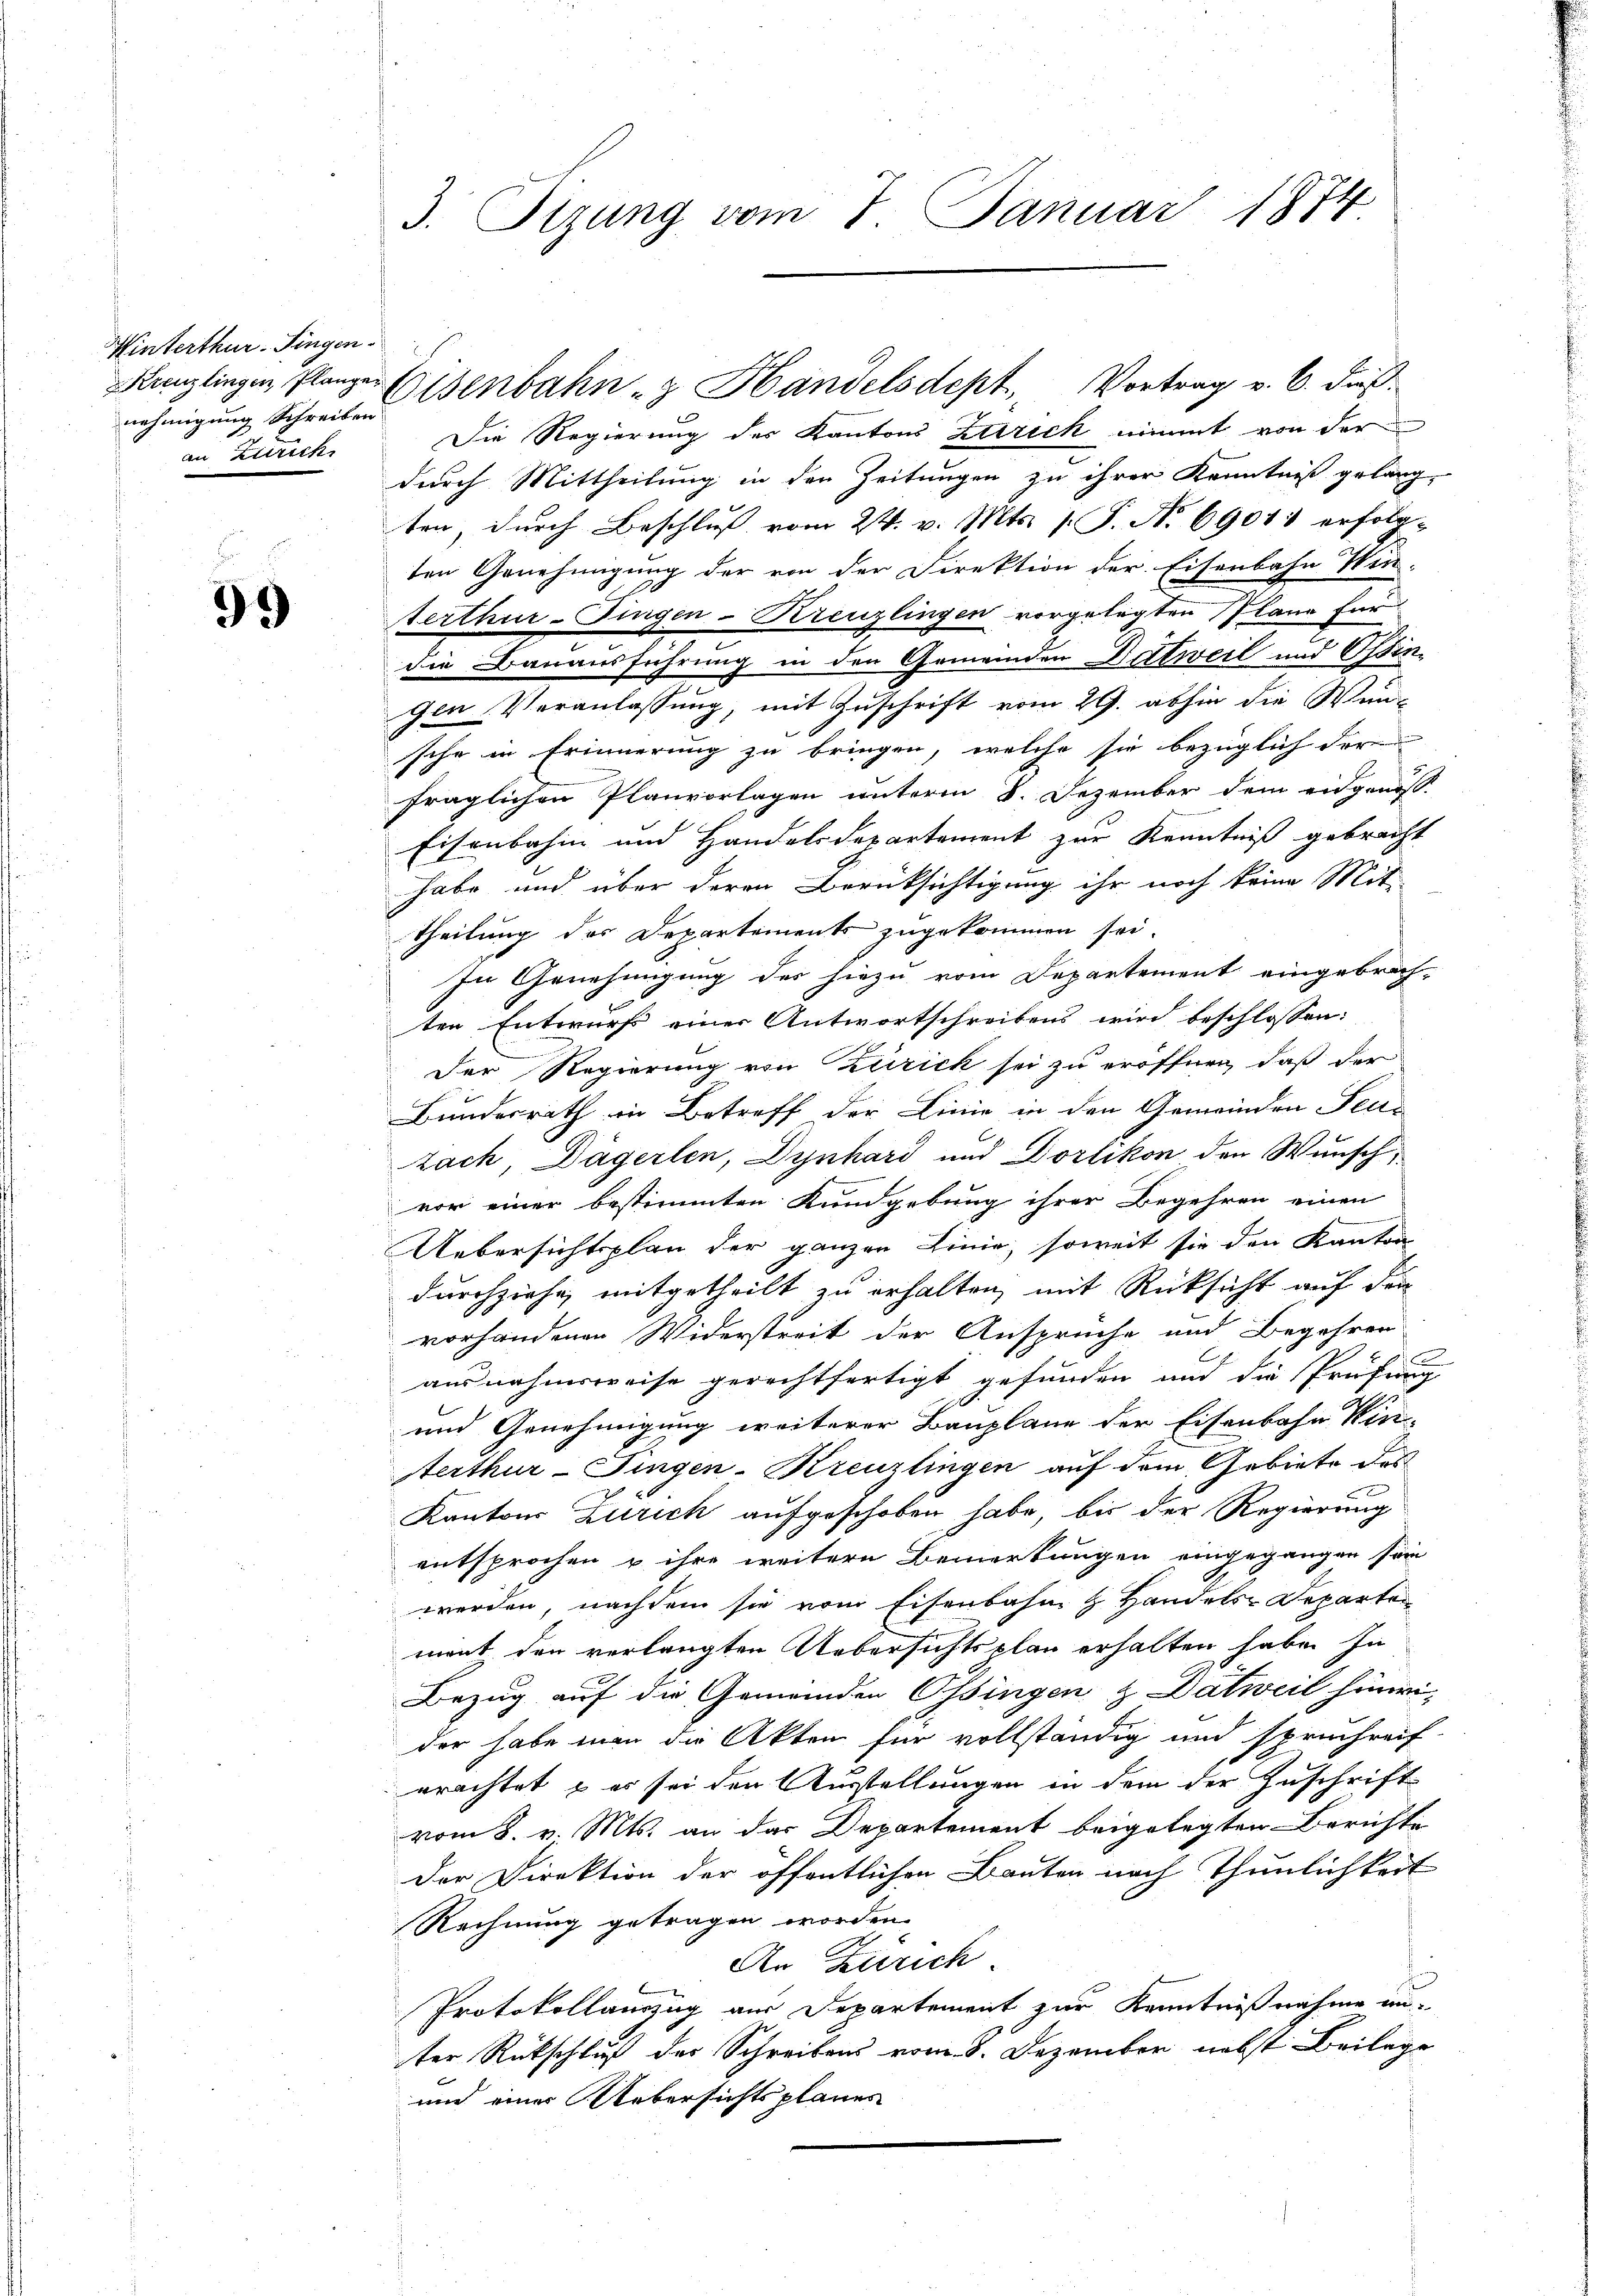
Winterthur–Singen.
nehmigung Schreiben
an Zürich

99

3. Sizung vom 7. Januar 1874.

Die Regierung des Kantons Zürich nimmt von der
durch Mittheilung in den Zeitungen zu ihrer Kenntniß gelang-
ten, durch Beschluß vom 24. v. Mts. 1. P. N. 6901 erfolg-
ten Genehmigung der von der Direktion der Eisenbahn Win-
terthur-Fingen-Kreuzlingen vorgelegten Plane für
die Bauausführung in den Gemeinden Dittweil und Ossin-
gen Veranlassung, mit Zuschrift vom 29. abhin die Wun
sehe in Erinnerung zu bringen, welche sie bezüglich der
fraglichen Planvorlagen unterm 8. Dezember dem eidgenöss
Eisenbahn und Handelsdepartement zur Kenntniß gebracht
habe und über deren Berüksichtigung ihr noch keine Mit-
theilung des Departements zugekommen sei.
In Genehmigung des hiezu vom Departement eingebrach-
ten Entwurfs einer Antwortschreibens wird beschlossen:
Der Regierung von Zurick sei zu eröffnen, daß der
Bundesrath in Betreff der Linie in den Gemeinden Feue
zach, Dägerlen, Dynhard und Dorlikon den Wunsch,
vor einer bestimmten Kundgebung ihrer Begehren einen
e
Uebersichtsplan der ganzen Linie, soweit sie den Kanton
durchziehe, mitgetheilt zu erhalten, mit Rücksicht auf den
vorhandenen Widerstreit der Ansprüche und Begehren
ausnahmsweise gerechtfertigt gefunden und die Prüfung
und Genehmigung weiterer Bauplane der Eisenbahn Win-
Aerthur-Fingen-Kreuzlingen auf dem Gebiete des
Kantons Zürich aufgeschoben habe, bis der Regierung
entsprochen u ihre weitere Bemerkungen eingegangen sein
werden, nachdem sie vom Eisenbahn & Handels-Departen
mont den verlangten Uebersichtsplan erhalten habe. In
Bezug auf die Gemeinden Ossingen & Datweil hinwi
der habe man die Akten für vollständig und spruchreif
rrachtet & es sei den Ausstellungen in dem der Zuschrift
vom 8. v. Mts. an das Departement beigelegten Berichte
Der Direktion der öffentlichen Bauten nach Thunlichkeit
Rechnung getragen worden.
An Zürich.
Protokollauszug aus Departement zur Kenntnißnahme unter Rückschluß der Schreibens vom 8. Dezember nebst Beilage
und einer Uebersichtsplanes

Kanzlingen Planze Eisenbahn - Handelsdept, Vortrag v. 6. dieß